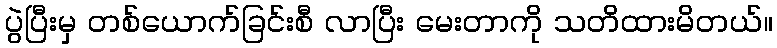
ပွဲပြီးမှ တစ်ယောက်ခြင်းစီ လာပြီး မေးတာကို သတိထားမိတယ်။